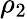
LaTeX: \rho_{2}